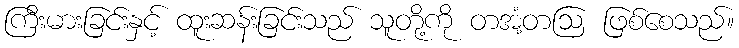
ကြီးမားခြင်းနှင့် ထူးဆန်းခြင်းသည် သူတို့ကို တအံ့တဩ ဖြစ်စေသည်။